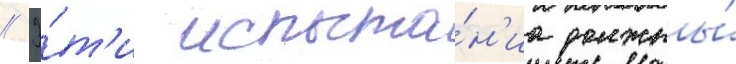
// Э́т'и испыта́н'иа должны́